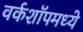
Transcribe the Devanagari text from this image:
वर्कशॉपमध्ये